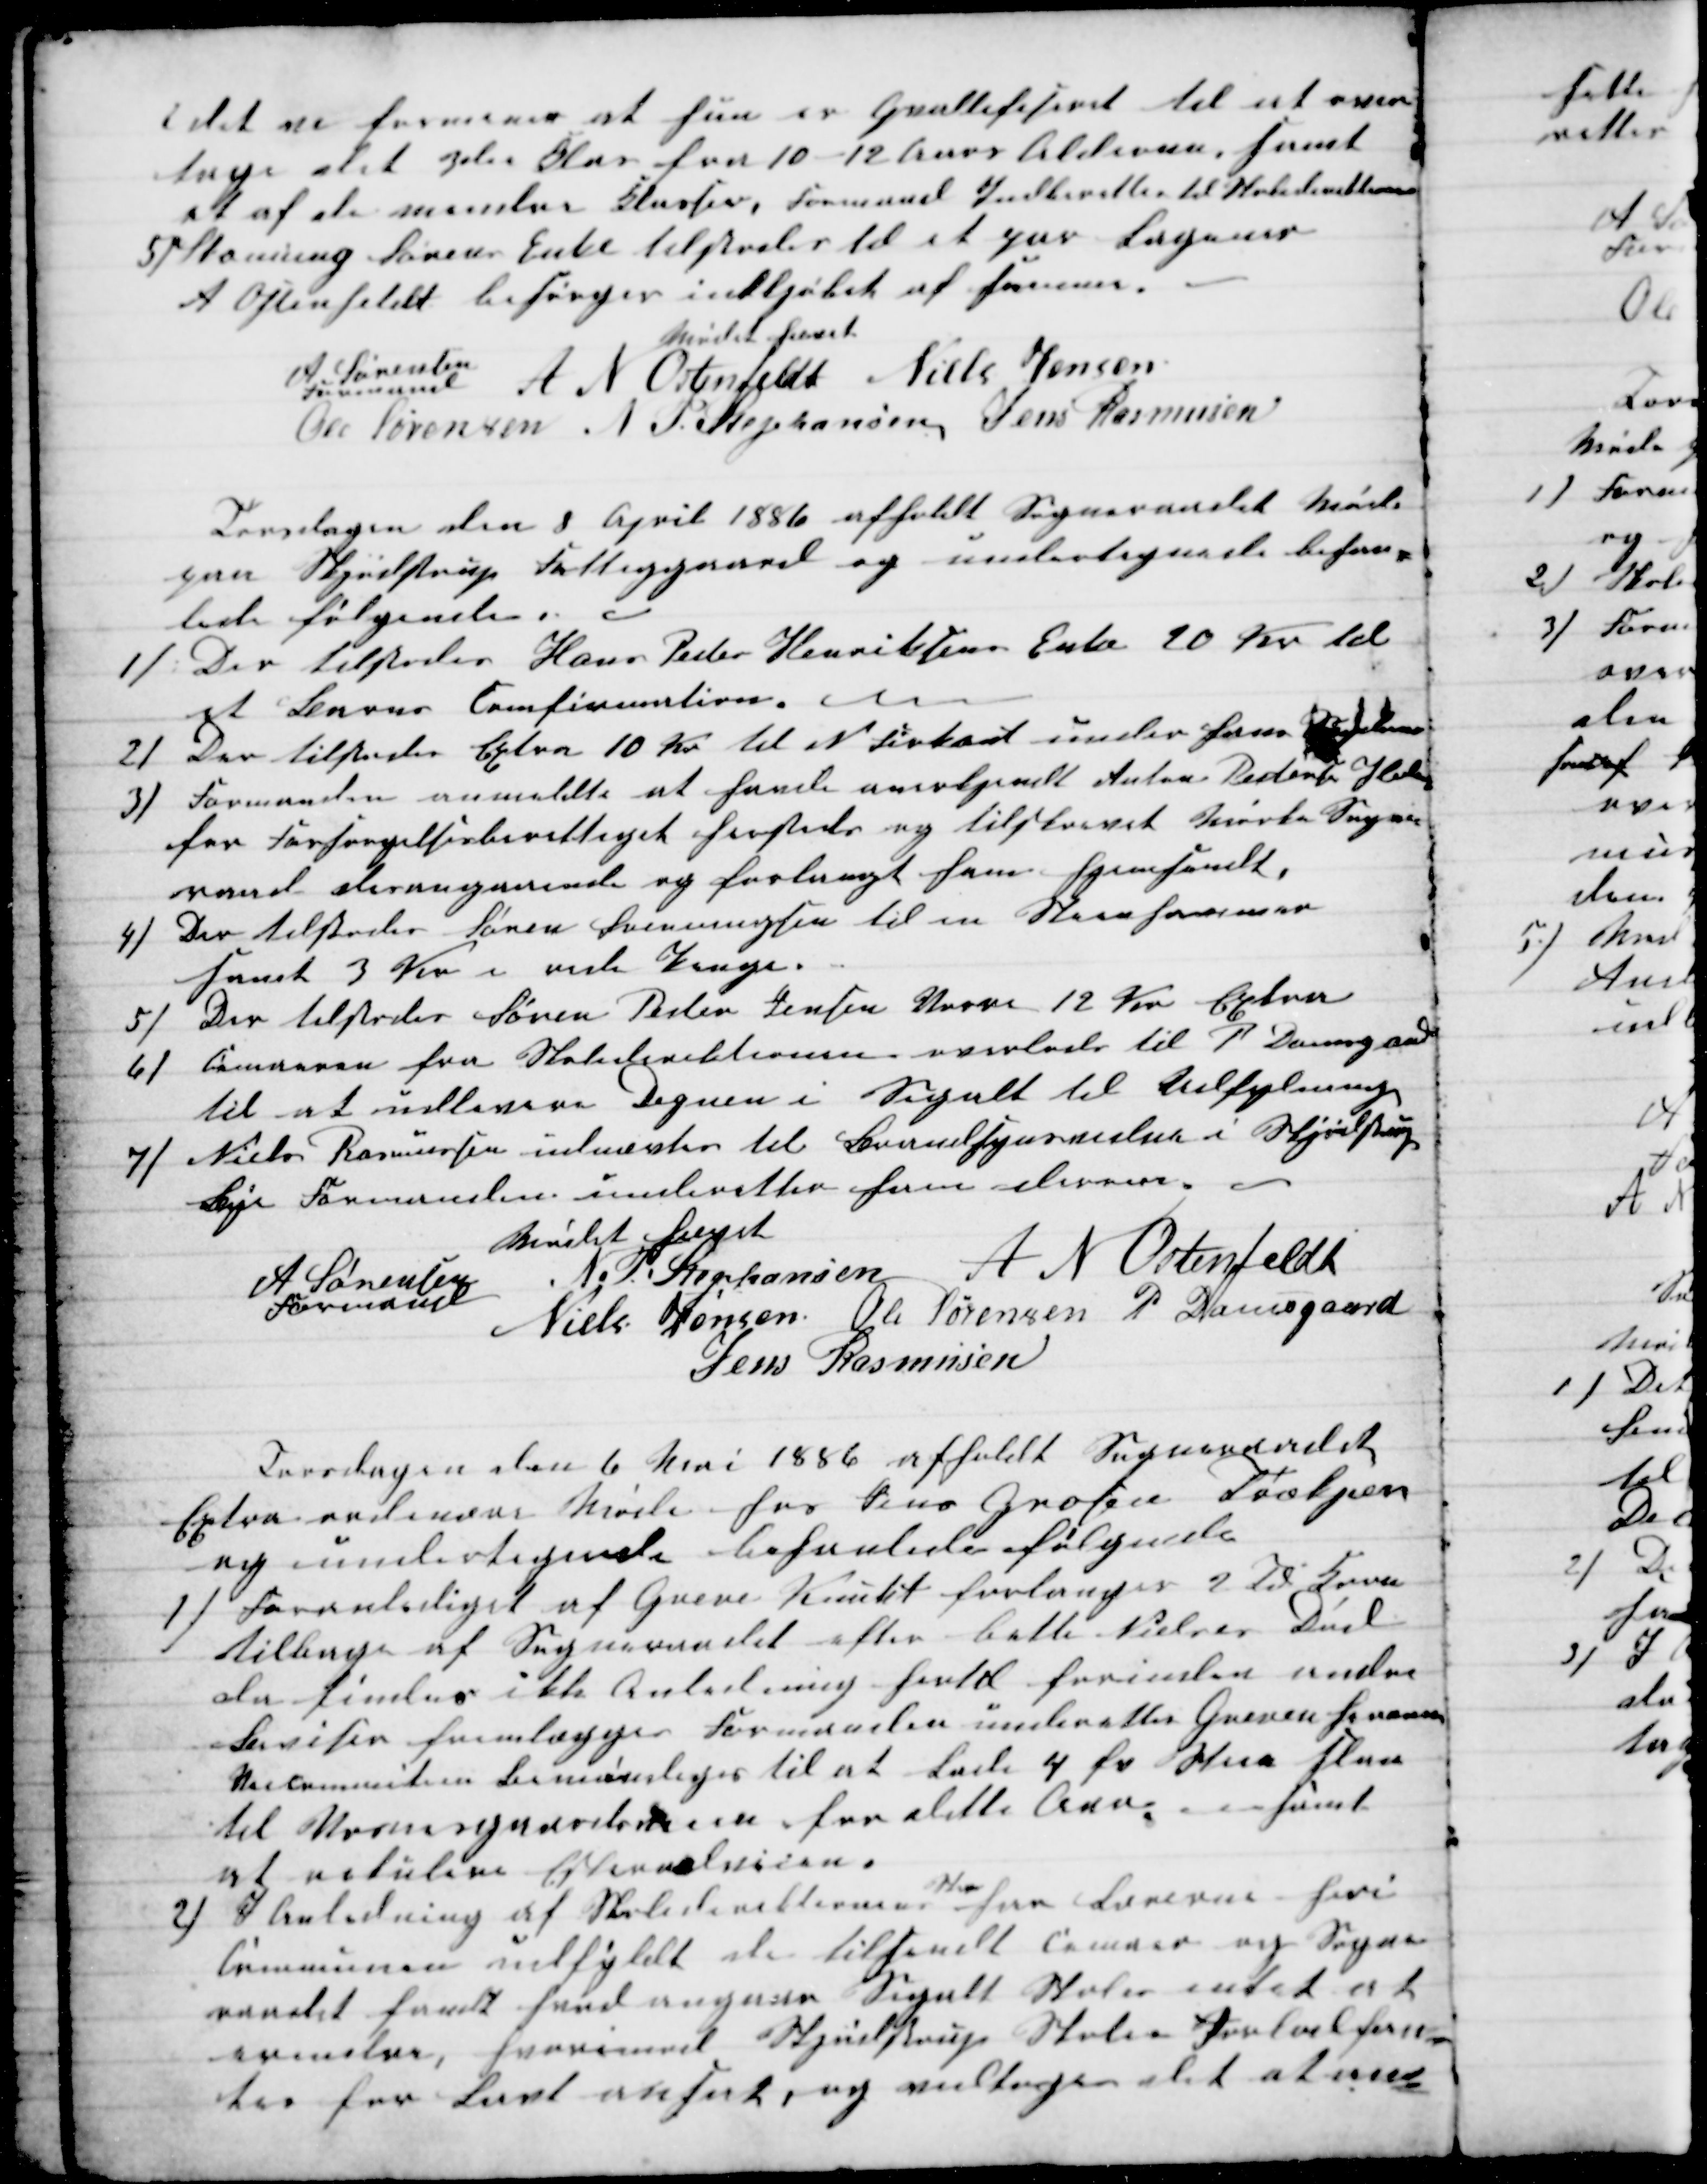
Transskription:
i det vi formener at hun er Quallefiseret til at over-
tage det 3die Klas fra 10-12 Aars Alderen, samt
at af de mindre Klasser, Formand Indberetter til Skoledirektionen
5) Stonning Sørens Enke tilstodes til et par Lagener
A Oftenfeldt besørger indkjøbet af samme.
Mødet hævet
A Sørensen
Formand
 A N Ostenfeldt Niels Jensen
Ole Sørensen N P Stephansen Jens Rasmusen
Torsdagen den 8 April 1886 afholdt Sogneraadet Møde
paa Skjødstrup Fattiggaard og undertegnede behan-
lede følgende.
1)
Der tilstodes Hans Peder Henriksens Enke 10 Kr. til
et Barns Comfirmation. 
2)
Der tilstodes Extra 10 Kr til N Firkant under hans Sygdom
3)
Formanden anmeldte at havde anerkjendt Anton Pedersen Hald
for Forsørgelsesberettiget hersteds og tilstaaet Mørke Sogne-
raad desangaaende og forlangt ham hjemsendt.
4)
Der tilstodes Søren Svenningsen til en Skaanhammer
samt 3 Kr i rede Penge.
5) Der tilstodes Søren Peder Jensen Vorre 12 Kr Extra
6)
Cemaerne fra Skoledirektionen overlodes til P. Damgaard
til at udlevere Degnen i Segalt til Udfylning
7) Niels Rasmussen udnævtes til Brandsynsvidne i Skjødstrup
Bye Formanden underetter ham derom.
Mødet hævet
A Sørensen
Formand
N. P. Stephansen A N Ostenfeldt
Niels Jensen Ole Sørensen P Damsgaard
Jens Rasmusen
Torsdagen den 6 Mai 1886 afholdt Sogneraadet
Extra ordinære Møde hos Jens Grosen Trækjær
og undertegnede behanlede følgende
1) Foranlediget af Greve Knuth forlanger 2 Td Korn
tilbage af Sogneraadet efter bette Nielses Død
da findes ikke Anledning hertil forinden andre
Beviser fremlægges Formanden underetter Greven herom
Skolecommiteen bemøndiges til at lade 4 fv Steen slaa
til Vosnesgaardsveien for dette Aar 
 samt
at rekulere Esternalveien
2)
I Anledning af Skoledirektionens
Skr
har Lærerne heri
Communen udfyldt de tilsendt Cemaer og Sogne-
raadet fandt hvad angaaer Segalt Skole intet at
erindre, hvorimod Skjødstrup Skoles Jorlod fan-
tes for Lavt ansat og vedtoges det at an-